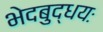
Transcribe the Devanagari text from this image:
भेदबुद्धयः